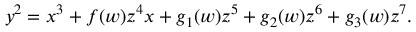
y ^ { 2 } = x ^ { 3 } + f ( w ) z ^ { 4 } x + g _ { 1 } ( w ) z ^ { 5 } + g _ { 2 } ( w ) z ^ { 6 } + g _ { 3 } ( w ) z ^ { 7 } .